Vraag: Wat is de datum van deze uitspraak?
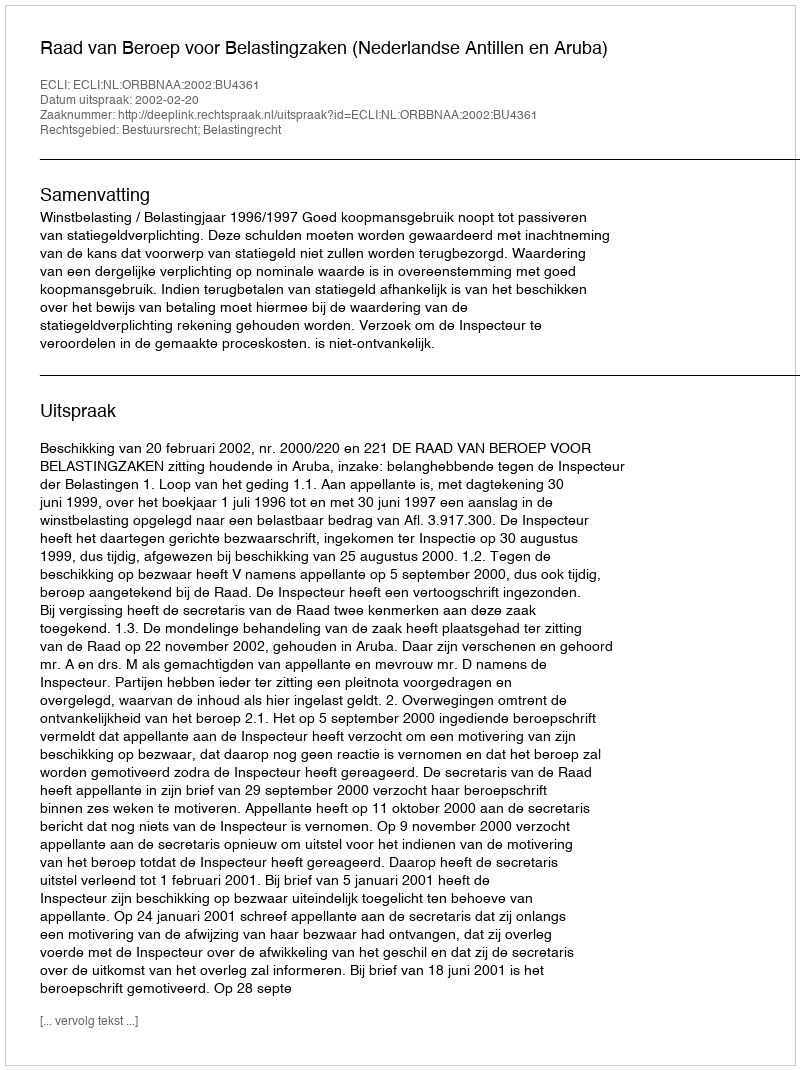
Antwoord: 2002-02-20